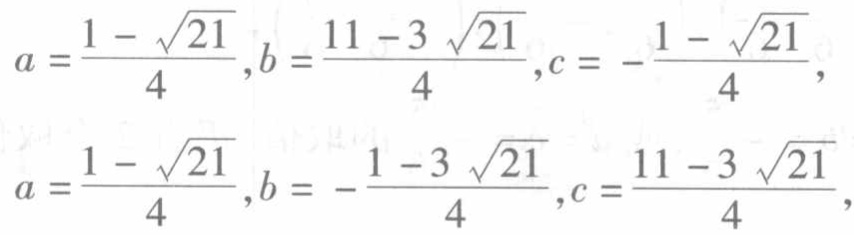
\[
a = \frac{1 - \sqrt{21}}{4}, b = \frac{11 - 3\sqrt{21}}{4}, c = - \frac{1 + \sqrt{21}}{4}, \\
a = \frac{1 - \sqrt{21}}{4}, b = - \frac{1 + 3\sqrt{21}}{4}, c = \frac{11 - 3\sqrt{21}}{4},
\]